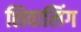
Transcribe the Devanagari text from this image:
शिवालिंग